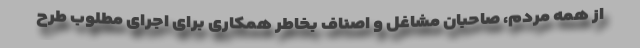
از همه مردم، صاحبان مشاغل و اصناف بخاطر همکاری برای اجرای مطلوب طرح